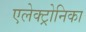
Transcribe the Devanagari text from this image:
एलेक्ट्रोनिका